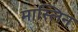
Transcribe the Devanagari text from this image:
मास्लिन